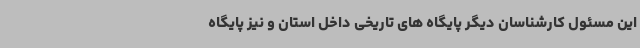
این مسئول کارشناسان دیگر پایگاه های تاریخی داخل استان و نیز پایگاه